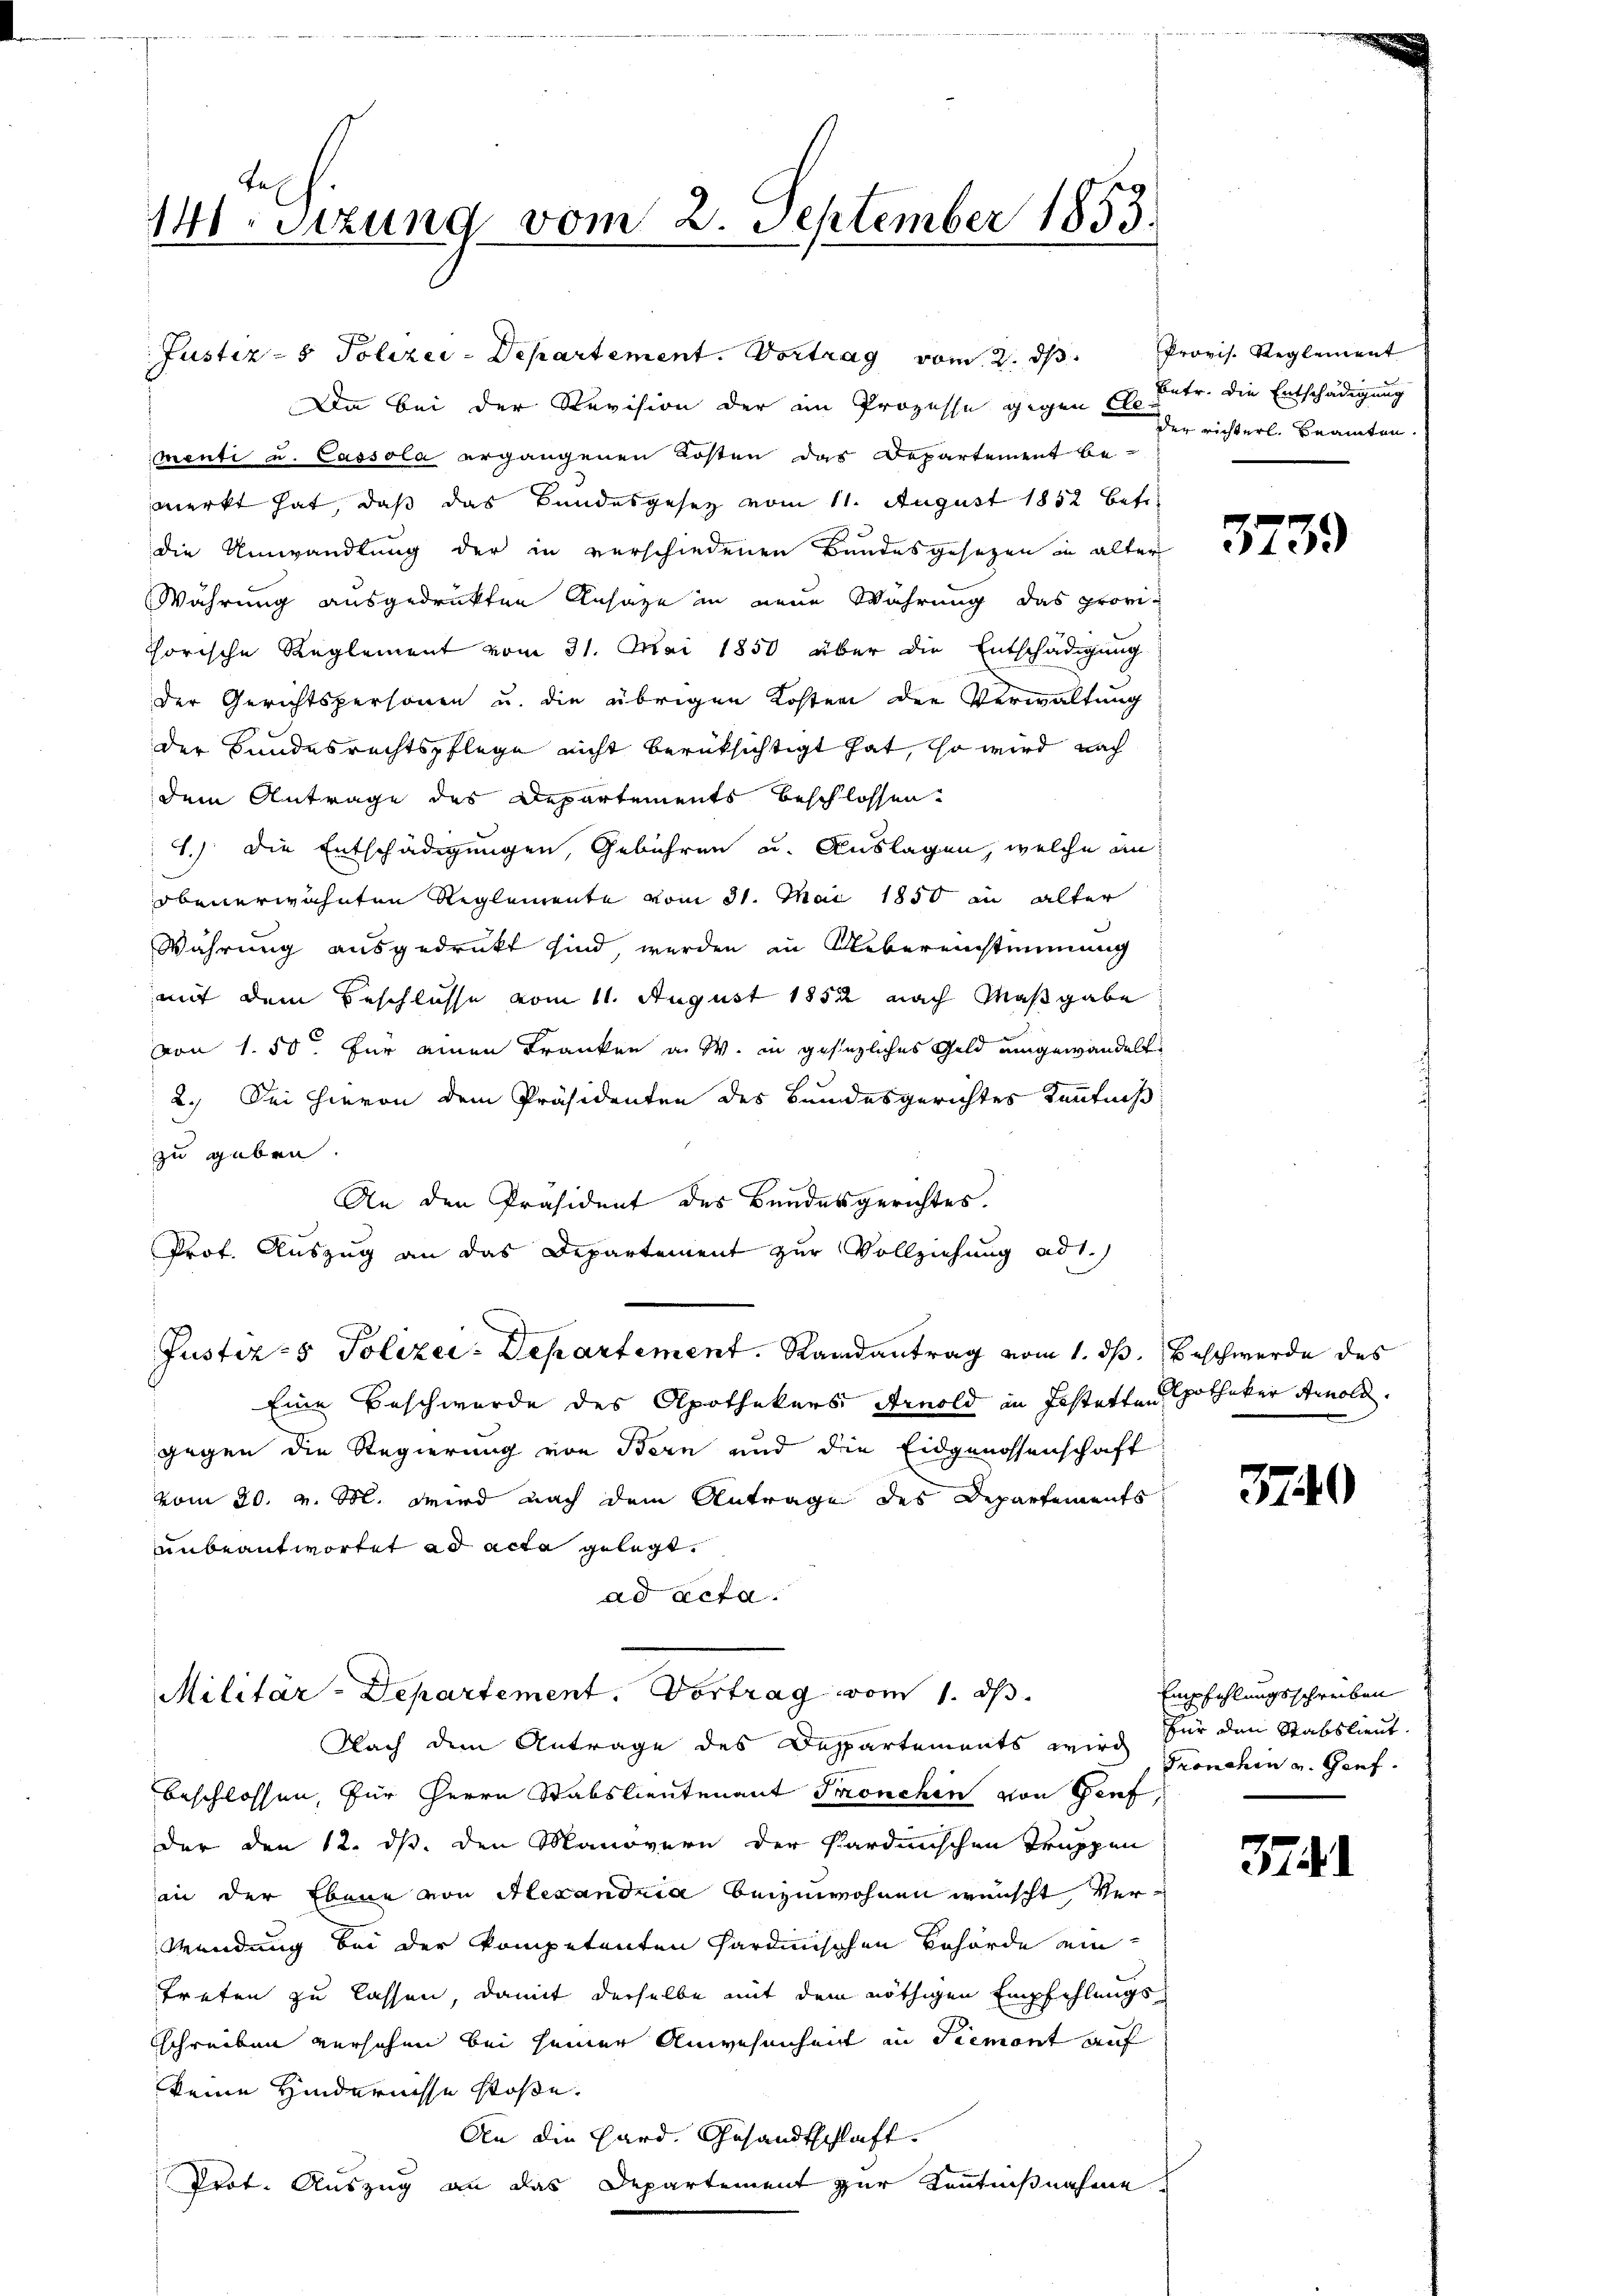
141. Sizung vom 2. September 1853.

Da bei der Revision der im Prozesse gegen E. Petr. die Entschädigung
menti u. Cassola ergangenen Kosten das Departement be-
merkt hat, daß das Bandesgesetz vom 11. August 1852 betr
die Umwandlung der in verschiedenen Bundesgesetzen in älter
Währung ausgedrukten Ansage in neue Währung das provi-
horische Reglement vom 31. Mai 1850 über die Entschädigung
der Gerichtspersonen u. die übrigen Kosten der Verwaltung
der Bundesrechtspflege nicht berüksichtigt hat, so wird nach
dem Antrage des Departements beschlossen.
1.) Die Entschädigungen, Gebühren u. Auslagen, welche an
obenerwähnten Reglemente vom 31. Mai 1850 in alter
Währung ausgedrukt sind, werden in Uebereinstimmung
mit dem Beschlüsse vom 11. August 1852 nach Maßgabe
von 150 für einen Kranken in W. in gesezliches Geld eingewandelt
2.) Sei hievon dem Präsidenten des Bundesgerichtes Kenntniß
zu geben.
An den Präsident des Bundesgerichtes.
Prof. Auszug an das Departement zur Vollziehung ad 1.
Justiz- & Polizei: Departement. Randantrag vom 1. dß. Beschwerde des
Eine Beschwerde des Apothekers Arnold in Festatten Spotheker Arnold.
gegen die Regierung von Bern und die Eidgenossenschaft
vom 20. v. M. wird nach dem Antrage des Departements
unbeantwortet ad acta gelegt.
ad acta.

Justiz- & Polizei-Departement. Vortrag vom 2. ds Provis. Reglement

Militar-Departement. Vortrag vom 1. d.

Nach dem Antrage des Departements wird für den Stabslieut.

der richterl. Beamten.

beschlossen, für Herrn Stabsleutenant Fronchen von Genf,
der den 12. ds. den Manövern der Sardinischen Truppen
in der Ebene von Alexandria beizuwohnen wünscht, ver¬
Wendung bei der Kompetenten sardinischen Behörde ein
treten zu lassen, damit derselbe mit dem nöthigen Empfehlungssschreiben versehen bei seiner Anwesenheit in Piemont auf
keine Hindernisse stoße.
An die Hard. Gesandtschlaft.
Prot. Auszug an das Departement zur Kenntnißnahme

3739)

3740

Empfehlungsschreiben
Tronchen und Genf.

37